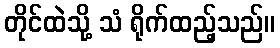
တိုင်ထဲသို့ သံ ရိုက်ထည့်သည်။